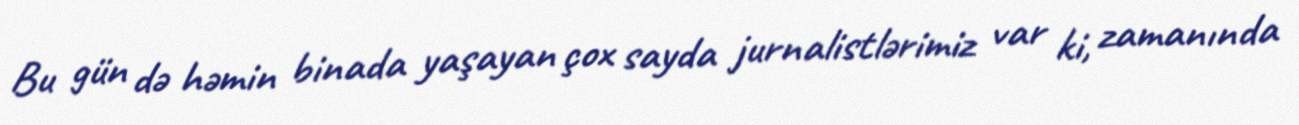
Bu gün də həmin binada yaşayan çox sayda jurnalistlərimiz var ki, zamanında